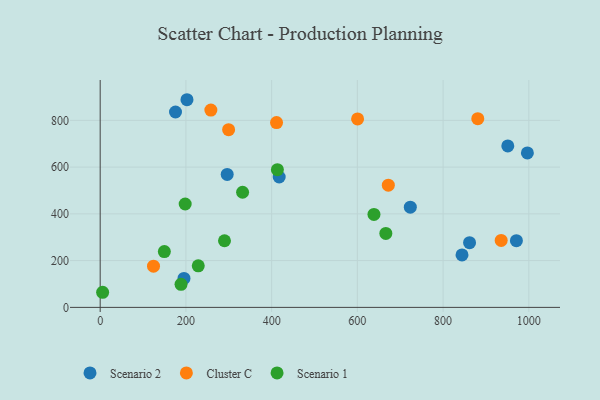
{"axis": {"x": "Price", "y": "Demand"}, "legend": ["Cluster C", "Scenario 1", "Scenario 2"], "data": [{"x": "844.1", "y": 224.2, "type": "Scenario 2"}, {"x": "996.6", "y": 660.8, "type": "Scenario 2"}, {"x": "175.7", "y": 835.6, "type": "Scenario 2"}, {"x": "296.3", "y": 568.7, "type": "Scenario 2"}, {"x": "950.9", "y": 690.8, "type": "Scenario 2"}, {"x": "202.5", "y": 888.2, "type": "Scenario 2"}, {"x": "417.6", "y": 557.6, "type": "Scenario 2"}, {"x": "195.5", "y": 123.9, "type": "Scenario 2"}, {"x": "971.0", "y": 285.3, "type": "Scenario 2"}, {"x": "723.5", "y": 428.8, "type": "Scenario 2"}, {"x": "861.7", "y": 276.9, "type": "Scenario 2"}, {"x": "411.4", "y": 790.3, "type": "Cluster C"}, {"x": "258.2", "y": 843.8, "type": "Cluster C"}, {"x": "880.9", "y": 807.0, "type": "Cluster C"}, {"x": "935.5", "y": 286.2, "type": "Cluster C"}, {"x": "124.4", "y": 176.1, "type": "Cluster C"}, {"x": "299.6", "y": 759.9, "type": "Cluster C"}, {"x": "672.2", "y": 522.7, "type": "Cluster C"}, {"x": "600.5", "y": 806.2, "type": "Cluster C"}, {"x": "638.7", "y": 397.8, "type": "Scenario 1"}, {"x": "666.4", "y": 316.5, "type": "Scenario 1"}, {"x": "332.2", "y": 492.4, "type": "Scenario 1"}, {"x": "228.8", "y": 177.8, "type": "Scenario 1"}, {"x": "188.6", "y": 98.8, "type": "Scenario 1"}, {"x": "413.4", "y": 588.9, "type": "Scenario 1"}, {"x": "198.3", "y": 442.2, "type": "Scenario 1"}, {"x": "149.7", "y": 238.8, "type": "Scenario 1"}, {"x": "5.7", "y": 64.6, "type": "Scenario 1"}, {"x": "290.0", "y": 284.9, "type": "Scenario 1"}]}